Account of plague administration in the Bombay Presidency from September 1896 till May 1897
Year: 1896
Disease focus: Plague
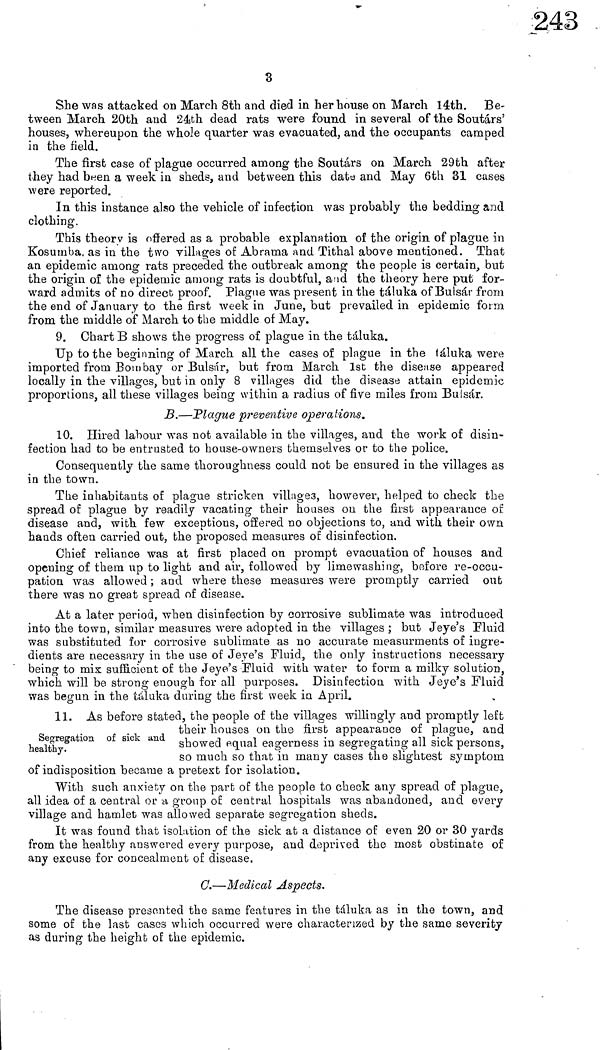
3
She was attacked on March 8th and died in her house on March 14th.
Be-
tween March 20th and 24th dead rats were found in several of the Soutárs'
houses, whereupon the whole quarter was evacuated, and the occupants camped
in the field.
The first case of plague occurred among the Soutárs on March 29th after
they had been a week in sheds, and between this date and May 6th 31 cases
were reported.
In this instance also the vehicle of infection was probably the bedding and
clothing.
This theory is offered as a probable explanation of the origin of plague in
Kosumba as in the two villages of Abrama and Tithal above mentioned. That
an epidemic among rats preceded the outbreak among the people is certain, but
the origin of the epidemic among rats is doubtful, and the theory here put for-
ward admits of no direct proof. Plague was present in the táluka of Bulsár from
the end of January to the first week in June, but prevailed in epidemic form
from the middle of March to the middle of May.
9. Chart B shows the progress of plague in the táluka.
Up to the beginning of March all the cases of plague in the táluka were
imported from Bombay or Bulsár, but from March 1st the disease appeared
locally in the villages, but in only 8 villages did the disease attain epidemic
proportions, all these villages being within a radius of five miles from Bulsár.
B.—Plague preventive operations.
10. Hired labour was not available in the villages, and the work of disin-
fection had to be entrusted to house-owners themselves or to the police.
Consequently the same thoroughness could not be ensured in the villages as
in the town.
The inhabitants of plague stricken villages, however, helped to check the
spread of plague by readily vacating their houses on the first appearance of
disease and, with few exceptions, offered no objections to, and with their own
hands often carried out, the proposed measures of disinfection.
Chief reliance was at first placed on prompt evacuation of houses and
opening of them up to light and air, followed by lime washing, before re-occu-
pation was allowed ; and where these measures were promptly carried out
there was no great spread of disease.
At a later period, when disinfection by corrosive sublimate was introduced
into the town, similar measures were adopted in the villages ; but Jeye's Fluid
was substituted for corrosive sublimate as no accurate measurments of ingre-
dients are necessary in the use of Jeye's Fluid, the only instructions necessary
being to mix sufficient of the Jeye's Fluid with water to form a milky solution,
which will be strong enough for all purposes. Disinfection with Jeye's Fluid
was begun in the táluka during the first week in April.
Segregation of sick und
healthy.
11. As before stated, the people of the villages willingly and promptly left
their nouses on the first appearance ot plague, and
showed equal eagerness in segregating all sick persons,
so much so that in many cases the slightest symptom
or indisposition became a pretext ior isolation.
With such anxiety on the part of the people to check any spread of plague,
all idea of a central or a group of central hospitals was abandoned, and every
village and hamlet was allowed separate segregation sheds.
It was found that isolation of the sick at a distance of even 20 or 30 yards
from the healthy answered every purpose, and deprived the most obstinate of
any excuse for concealment of disease.
C.—Medical Aspects.
The disease presented the same features in the táluka as in the town, and
some of the last cases which occurred were characterized by the same severity
as during the height of the epidemic.